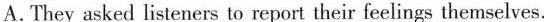
A. They asked listeners to report their feelings themselves.